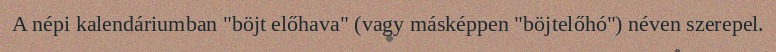
A népi kalendáriumban "böjt előhava" (vagy másképpen "böjtelőhó") néven szerepel.